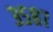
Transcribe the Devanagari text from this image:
३५८७